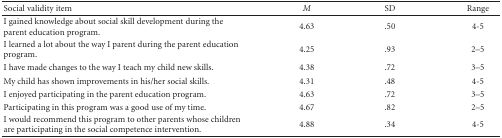
<table><thead><tr><td><b>Social validity item</b></td><td><b><i>M</i></b></td><td><b>SD</b></td><td><b>Range</b></td></tr></thead><tbody><tr><td>I gained knowledge about social skill development during the parent education program.</td><td>4.63</td><td>.50</td><td>4-5</td></tr><tr><td>I learned a lot about the way I parent during the parent education program.</td><td>4.25</td><td>.93</td><td>2–5</td></tr><tr><td>I have made changes to the way I teach my child new skills.</td><td>4.38</td><td>.72</td><td>3–5</td></tr><tr><td>My child has shown improvements in his/her social skills.</td><td>4.31</td><td>.48</td><td>4-5</td></tr><tr><td>I enjoyed participating in the parent education program.</td><td>4.63</td><td>.72</td><td>3–5</td></tr><tr><td>Participating in this program was a good use of my time.</td><td>4.67</td><td>.82</td><td>2–5</td></tr><tr><td>I would recommend this program to other parents whose children are participating in the social competence intervention.</td><td>4.88</td><td>.34</td><td>4-5</td></tr></tbody></table>